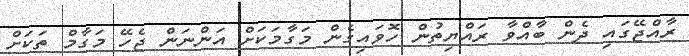
ރާއްޖޭގައި ދެން ބާއްވާ ރައްޔިތުން ހޮވައިގެން މަގާމަކަށް އަންނަން ޖެހޭ މަގާމް ތަކަށް